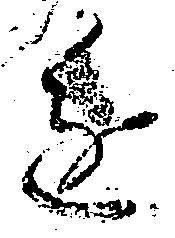
進